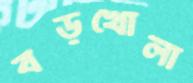
বড়খোলা